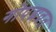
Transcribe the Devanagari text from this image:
गोपद्मव्रत